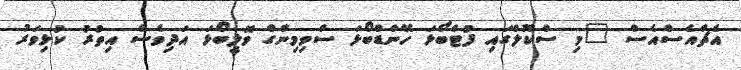
އެޗްއެސްއެސް "މި ސްކޫލްގައި ފުޓްބޯޅަ ހޭންޑްބޯޅަ ސްވިމިންގް ވޮލީބޯޅަ އަދިވެސް އިތުރު ކުޅިވަރު